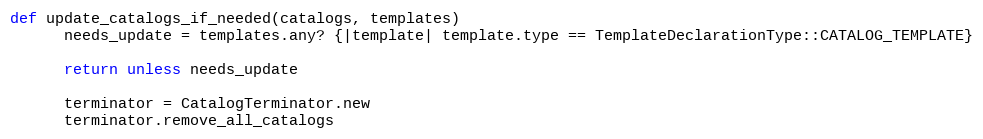
Language: Ruby
def update_catalogs_if_needed(catalogs, templates)
      needs_update = templates.any? {|template| template.type == TemplateDeclarationType::CATALOG_TEMPLATE}

      return unless needs_update

      terminator = CatalogTerminator.new
      terminator.remove_all_catalogs